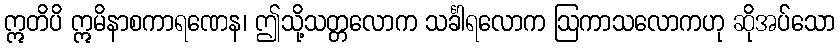
ဣတိပိ ဣမိနာစကာရဏေန၊ ဤသို့သတ္တလောက သင်္ခါရလောက ဩကာသလောကဟု ဆိုအပ်သော